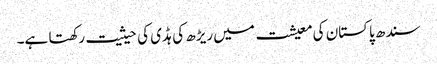
سندھ پاکستان کی معیشت میں ریڑھ کی ہڈی کی حیثیت رکھتا ہے۔